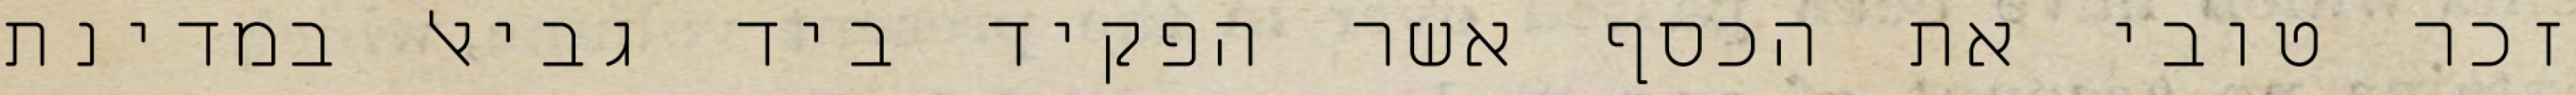
זכר טובי את הכסף אשר הפקיד ביד גביאל במדינת